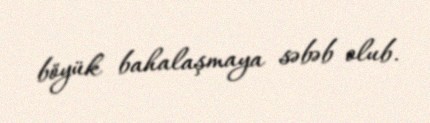
böyük bahalaşmaya səbəb olub.